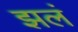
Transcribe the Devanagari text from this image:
झलं